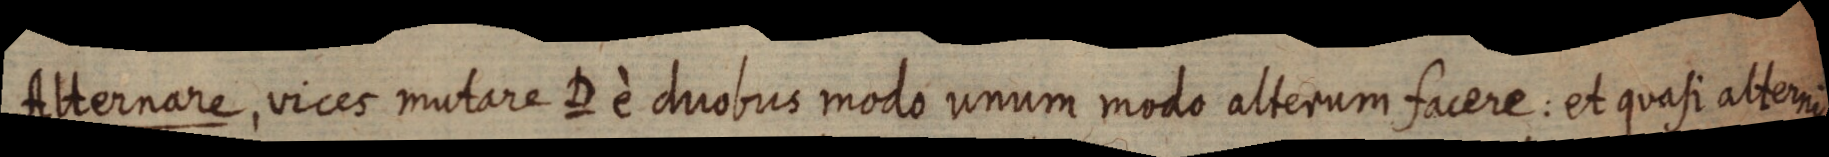
Alternare, vices mutare D è duobus modo unum modo alterum facere: et quasi alterius